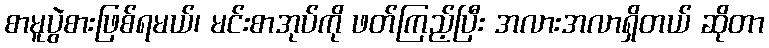
စာမူပွဲစားဖြစ်ရမယ်၊ မင်းစာအုပ်ကို ဖတ်ကြည့်ပြီး အလားအလာရှိတယ် ဆိုတာ